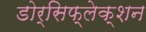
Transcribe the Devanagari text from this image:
डोर्सिफ्लेक्शन